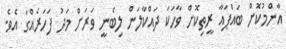
އާންމުކޮށް ބައްޕައާ ރީތިކޮށް ވާހަކަ ދައްކާލަން ލިބެނީ ވަރަށް މަދު ފަހަރެއްގަ އެވެ.